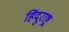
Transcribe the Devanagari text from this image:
हिंदूराष्ट्र